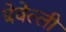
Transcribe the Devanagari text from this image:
बेवेल्ली